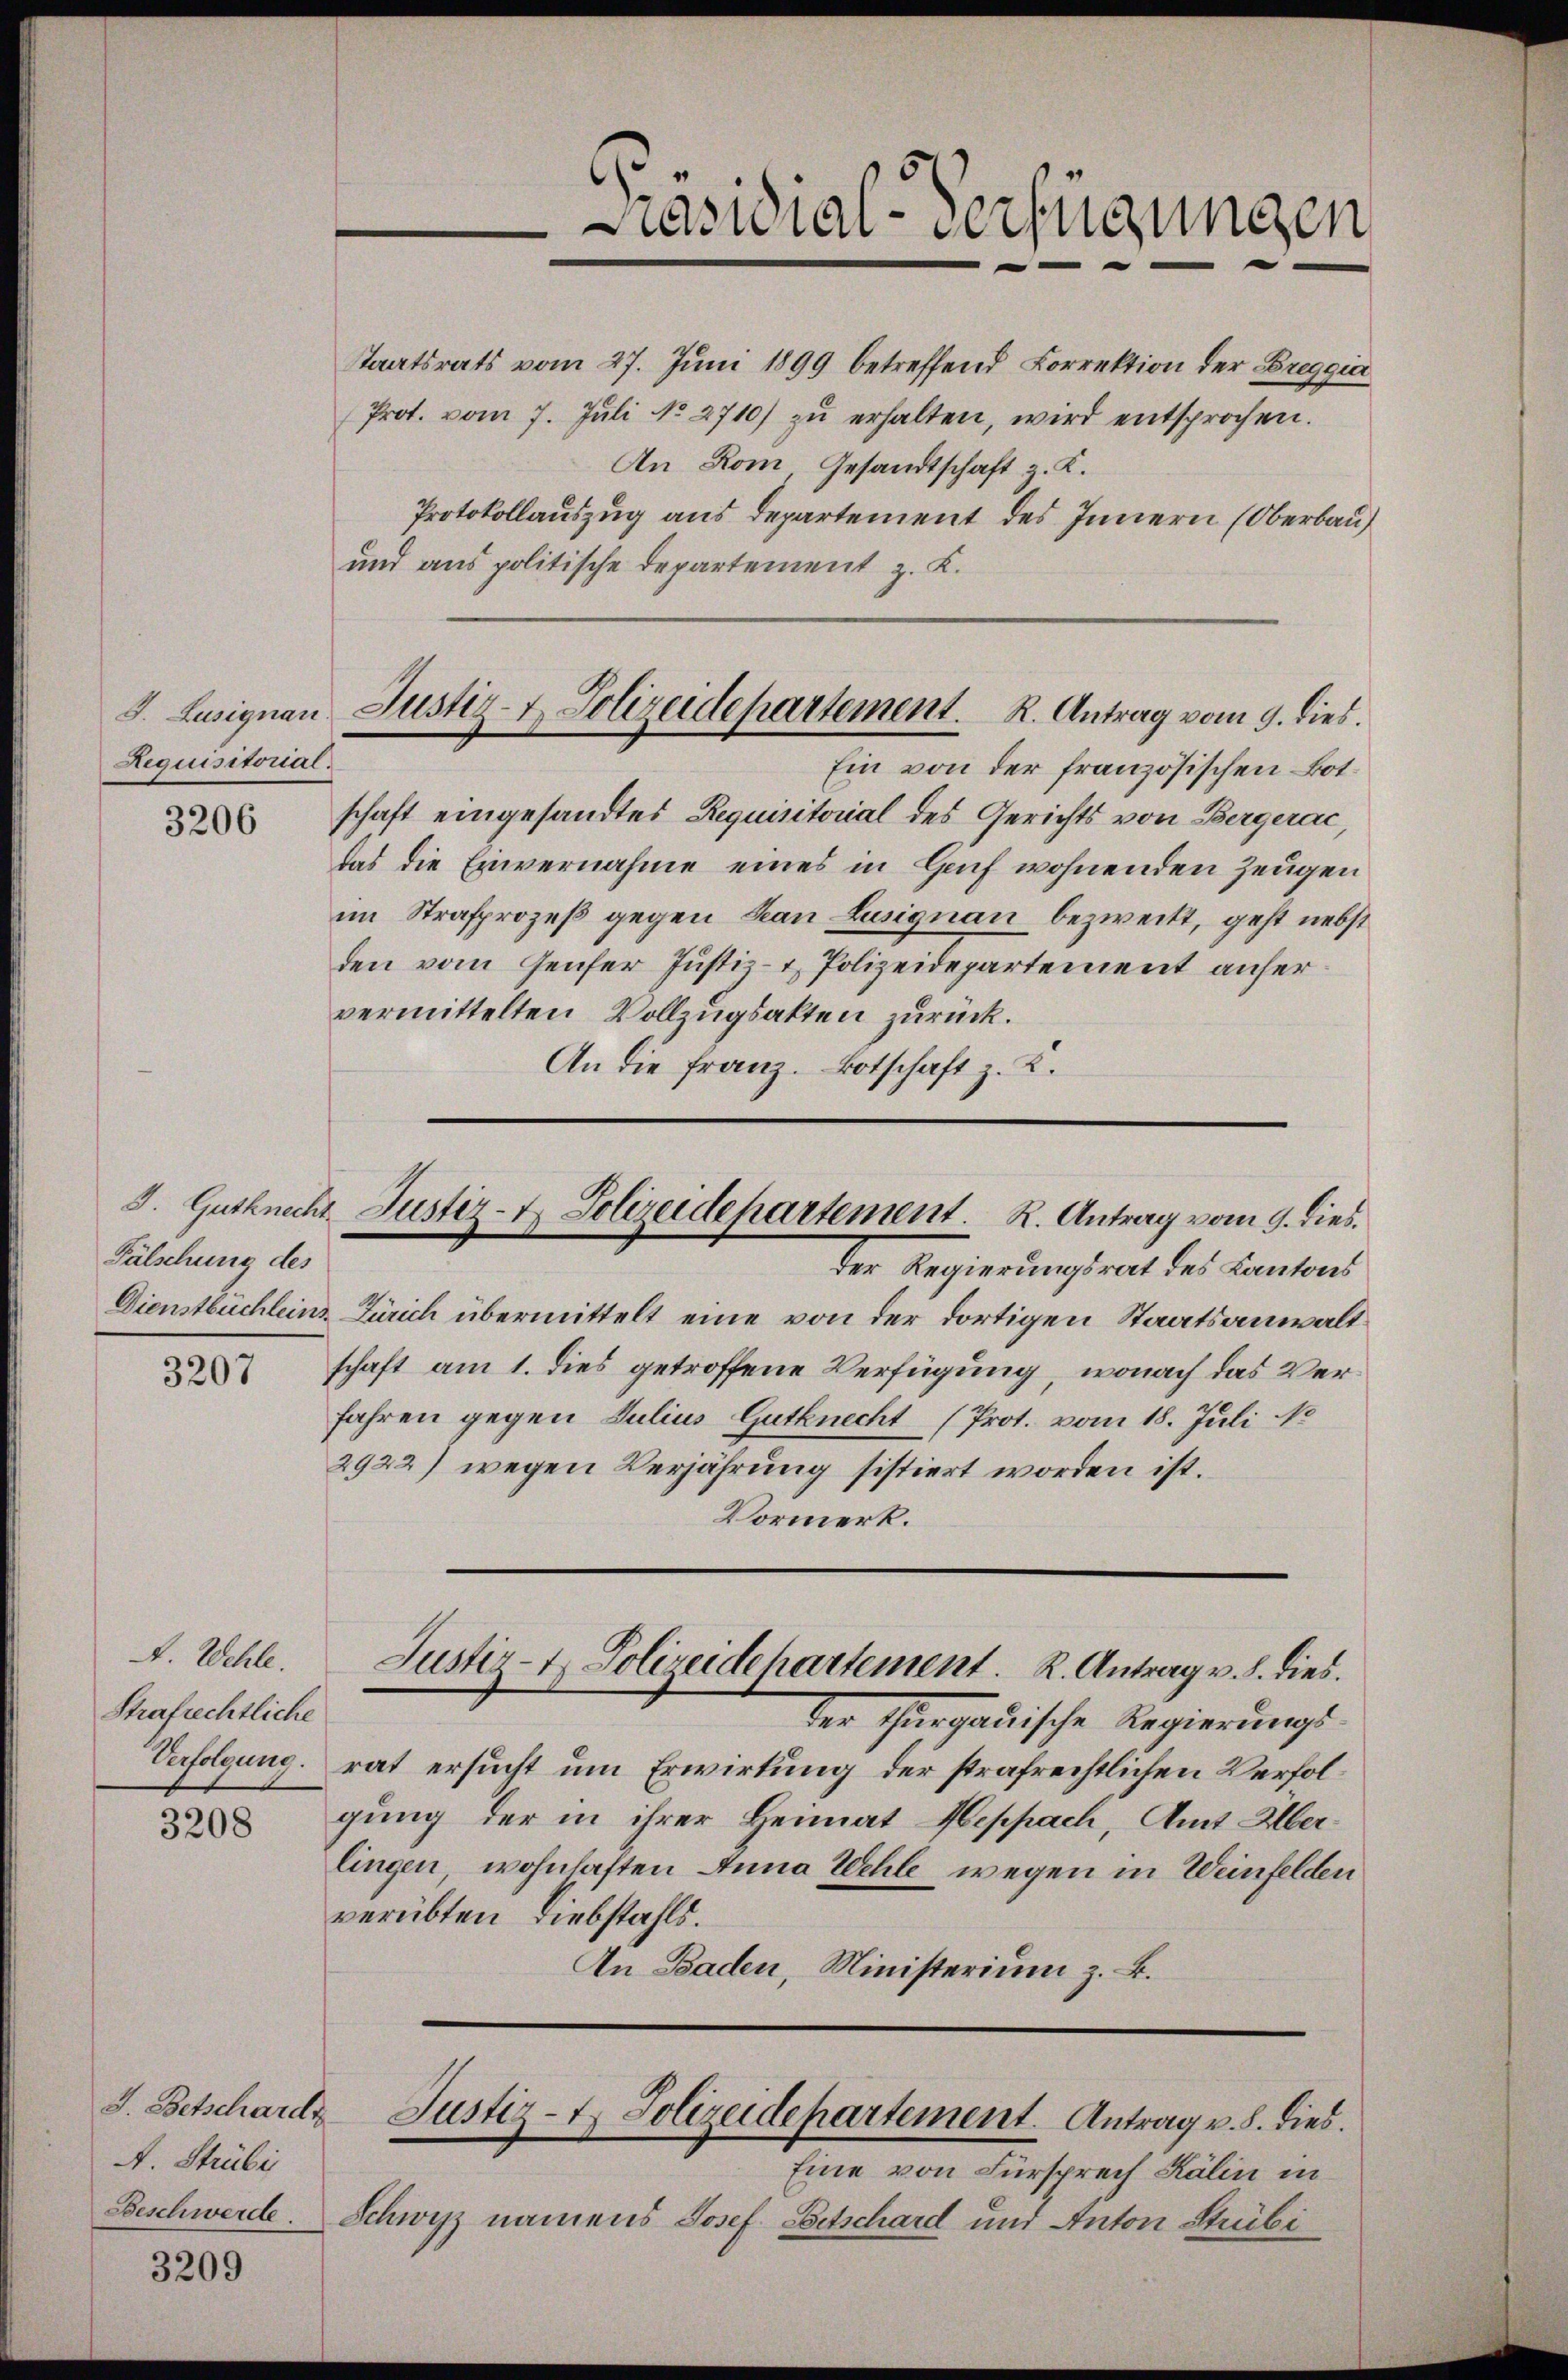
J. Lusignau.
Requisitorial.

3206

J. Gutknecht
Fälschung des
Dienstbüchleins

3207

A. Wehle.
Strafrechtliche
Verfolgung.

3208

A. Strübe
Beschwerde.

3209

Staatsrats vom 27. Juni 1899 betreffend Correktion der Breggia
Prot. vom 7. Jŭli No 2710) zŭ erhalten, wird entsprochen.
An Rom. Gesandtschaft z. K.
Protokollauszug aus Departement des Innern (Oberbau
und aus politische Departement z. K.
schaft eingesandtes Requisitorial des Gerichts von Bergerac,
das die Einvernahme eines in Genf wohnenden Zeugen
im Strafprozeß gegen Han Lusignau bezweckt, geht nebst
den vom Genfer Justiz- & Polizeidepartement anfervermittelten Vollzugsakten zurück.
An die Franz. Botschaft z. B.

Zürich übermittelt eine von der dortigen Staatsanwaltschaft am 1. dies getroffene Verfügung, wonach das Verfahren gegen Julius Gutknecht (Prot. vom 18. Juli 18
2922) wegen Verjährung sistiert worden ist.
Vormerk.
der Thurgauische Regierungsrat ersucht um Erwirtung der strafrechtlichen Verfolgung der in ihrer Heimat Heppach, Amt Überlingen, wohnhaften Anna Wehle wegen in Weinfelden
verübten Liebstahls.
An Baden, Ministerium z. B.
J. Betschardt Justiz-t. Polizeidepartement. Antrag v. 8. dies
Eine von Fürsprech Kälin in
Schwyz namens Josef Entschard und Anton Stribi

Präsidial-Verfügungen

Justiz- & Polizeidepartement. R. Antrag vom 9. dies.
Ein von der französischen Bot¬

Justiz- & Polizeidepartement. R. Antrag vom 9. diesder Regierungsrat des Cantons

Justiz- & Polizeidepartement. R. Antrag v. 8. dies